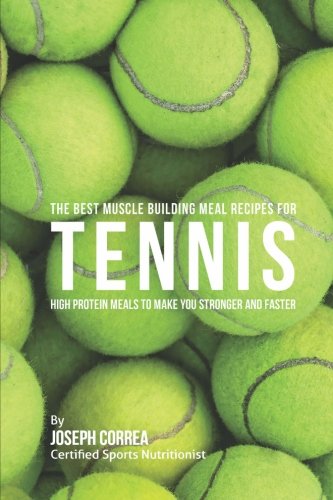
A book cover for The Best Muscle Building Meal Recipes for Tennis: High Protein Meals to Make You Stronger and Faster; Joseph Correa (Certified Sports Nutritionist); Sports & Outdoors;